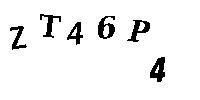
ZT46P4